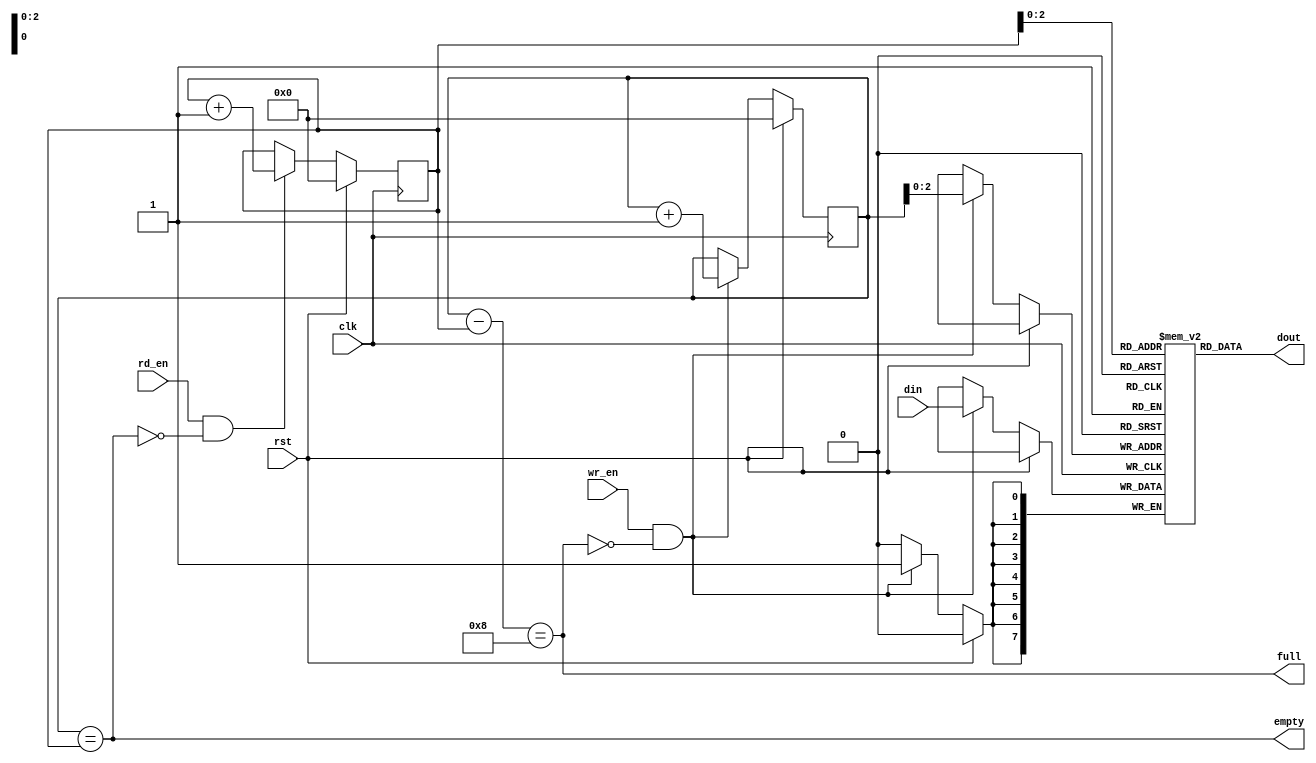
module data_fifo_oneclk (
    input [7:0] din,
    input clk,
    input rst,
    input wr_en,
    input rd_en,
    output [7:0] dout,
    output empty,
    output full
    );
    
    reg [7:0] data [0:7];
    reg [3:0] rd_pt;
    reg [3:0] wr_pt;
   
    assign empty = (wr_pt == rd_pt);
    assign full = (wr_pt - rd_pt == 4'b1000);
    assign dout = data[rd_pt[2:0]];
    
    always @ (posedge clk)
    begin
        if (rst)
        begin
            rd_pt <= 4'b0000;
            wr_pt <= 4'b0000;
        end
        else
        begin
            if (wr_en && ~full)
            begin
                data[wr_pt[2:0]] <= din;
                wr_pt <= wr_pt + 1'b1;
            end
            if (rd_en && ~empty)
            begin
                rd_pt <= rd_pt + 1'b1;
            end
        end
    end
endmodule